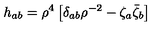
h _ { a b } = \rho ^ { 4 } \left[ \delta _ { a b } \rho ^ { - 2 } - \zeta _ { a } \bar { \zeta } _ { b } \right]